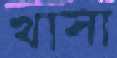
খাসা